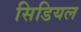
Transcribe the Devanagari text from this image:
सिडियल